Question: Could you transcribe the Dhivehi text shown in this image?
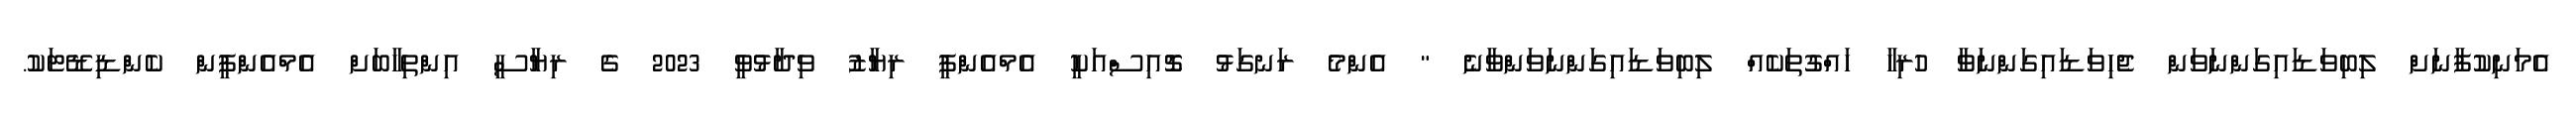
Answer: އެމަނިކުފާނަށް ލިބިވަޑައިގަންނަވަން ޖެހިވަޑައިގަންނަވާ ހުރިހާ ހައްގުތަކެއް ލިބިވަޑައިގަންނަވަންވާނެ " އެންމެ ރަނގަޅު ޗޮއިސްއަކީ އެމްއެންޕީ ރިޔާޒު ވިދާޅުވީ 2023 ގެ ރިޔާސީ އިންތިހާބަށް އެމްއެންޕީން ކެންޑިޑޭޓަކު.